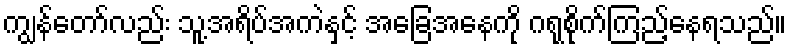
ကျွန်တော်လည်း သူ့အရိပ်အကဲနှင့် အခြေအနေကို ဂရုစိုက်ကြည့်နေရသည်။